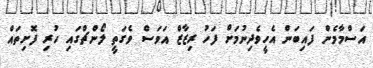
އަސްމާމެން ފައިބަން އެހީވެދިނުމަށް ފަހު ރިޒާޒް އަވަސް ވެގަތީ ލޯންޗްގައި ހުރި ފޮށިތައް